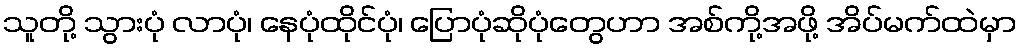
သူတို့ သွားပုံ လာပုံ၊ နေပုံထိုင်ပုံ၊ ပြောပုံဆိုပုံတွေဟာ အစ်ကို့အဖို့ အိပ်မက်ထဲမှာ